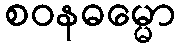
စဝနဓမ္မော